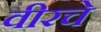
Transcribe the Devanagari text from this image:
वीरचे